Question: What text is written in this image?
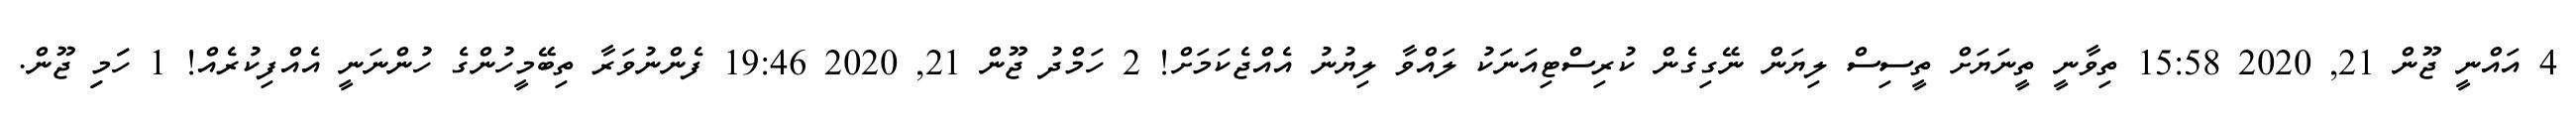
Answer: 4 އައްނީ ޖޫން 21, 2020 15:58 ތިވާނީ ތީނަޔަށް ތީސިސް ލިޔަން ނޭގިގެން ކުރިސްޓިއަނަކު ލައްވާ ލިޔުނު އެއްޖެކަމަށް! 2 ހަމްދު ޖޫން 21, 2020 19:46 ފެންނުވަރާ ތިބޭމީހުންގެ ހުންނަނީ އެއްފިކުރެއް! 1 ހަަމިި ޖޫން.